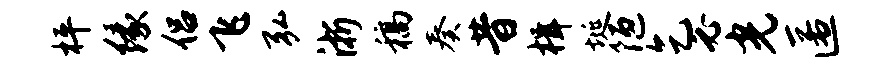
枰缘侣飞弘浙稿奏昔楫埏陋乞必光匿